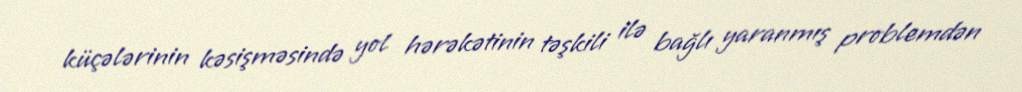
küçələrinin kəsişməsində yol hərəkətinin təşkili ilə bağlı yaranmış problemdən